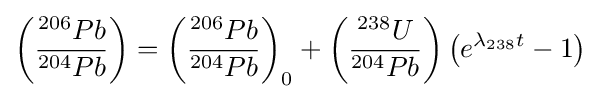
\left({\frac {^{206}Pb}{^{204}Pb}}\right)=\left({\frac {^{206}Pb}{^{204}Pb}}\right)_{0}+\left({\frac {^{238}U}{^{204}Pb}}\right){\bigl (}e^{\lambda _{238}t}-1{\bigr )}